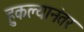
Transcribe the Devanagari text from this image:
हुकल्यानंतर